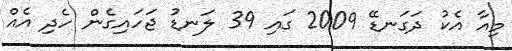
މިއާ އެކު ދަގަނޑޭ 2009 ގައި 39 ލަނޑު ޖަހައިގެން ހެދި އެއް